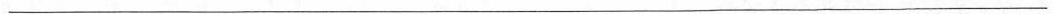
___